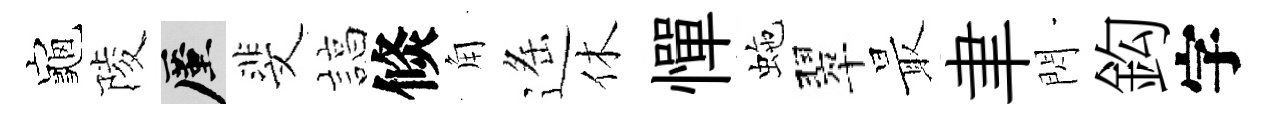
龜陵厪斐諄倐角遥休憚虵翠最聿閃鈎字